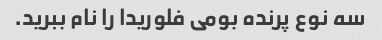
سه نوع پرنده بومی فلوریدا را نام ببرید.